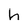
Character: h